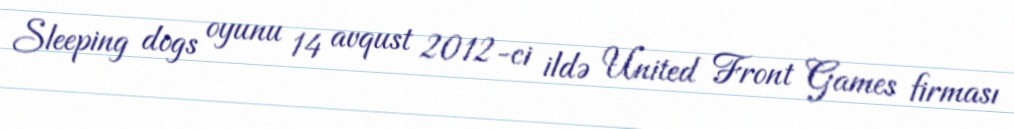
Sleeping dogs oyunu 14 avqust 2012-ci ildə United Front Games firması